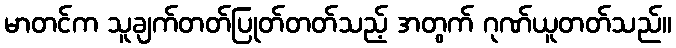
မာတင်က သူချက်တတ်ပြုတ်တတ်သည့် အတွက် ဂုဏ်ယူတတ်သည်။